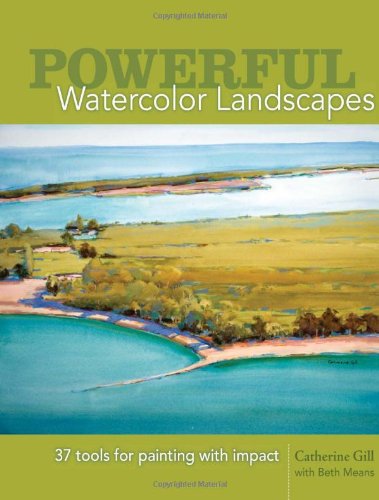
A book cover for Powerful Watercolor Landscapes: Tools for Painting with Impact; Catherine Gill; Arts & Photography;